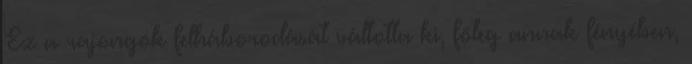
Ez a rajongók felháborodását váltotta ki, főleg annak fényében,